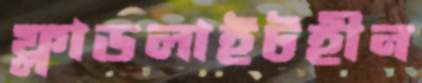
ফ্লাডলাইটহীন